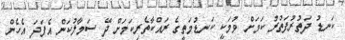
ކަނޑު ދަތުރުފަތުރު ކަމަށް ވުމަކީ ކަނޑުމަތީގެ ރައްކާތެރިކަމަށް ދޭ ސަމާލުކަން އެފަދަ އެހެން